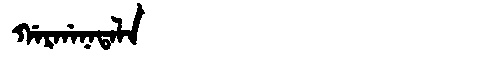
Manchu: ᡤᠠᡵᡤᠠᠨᠠᡨᠠᠯᠠ
Romanization: GARGANATALA